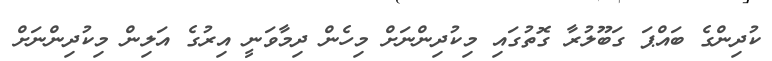
ކުދިންގެ ބައްޕަ ގަބޫލުރާ ގޮތުގައި މިކުދިންނަށް މިހެން ދިމާވަނީ އިރުގެ އަލިން މިކުދިންނަށް